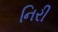
નિરી